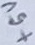
Text: +5V